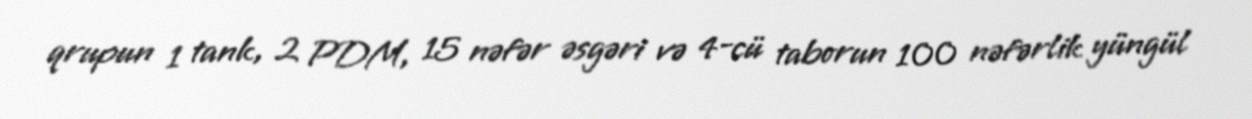
qrupun 1 tank, 2 PDM, 15 nəfər əsgəri və 4-cü taborun 100 nəfərlik yüngül